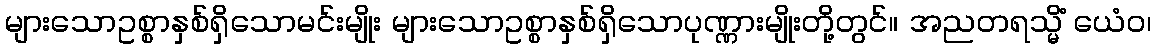
များသောဥစ္စာနှစ်ရှိသောမင်းမျိုး များသောဥစ္စာနှစ်ရှိသောပုဏ္ဏားမျိုးတို့တွင်။ အညတရသ္မိံ ယေံဝ၊